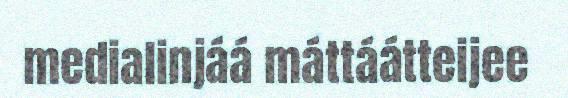
medialinjáá máttáátteijee